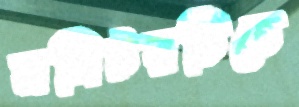
মনিটরটিতে